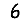
Digit: 6